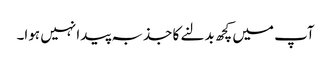
آپ میں کچھ بدلنے کا جذبہ پیدا نہیں ہوا۔